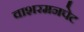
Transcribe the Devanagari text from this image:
वाशरमनपेट